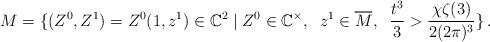
LaTeX: \begin{align*} M=\{(Z^0,Z^1)=Z^0(1,z^1)\in \mathbb{C}^2 \; | \; Z^0\in \mathbb{C}^{\times}, \;\; z^1\in \overline{M}^{}, \;\; \frac{t^3}{3}> \frac{\chi\zeta(3)}{2(2\pi)^3}\}\,.\end{align*}